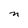
Character: n